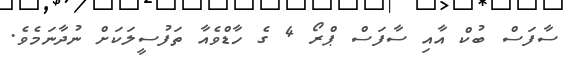
ސާފަސް ބުކް އާއި ސާފަސް ޕްރޯ 4 ގެ ހާޑްވެއާ ތަފުސީލަކަށް ނުދާނަމެވެ.